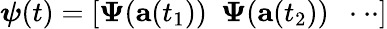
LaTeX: \boldsymbol{\psi}(t)=\left[\boldsymbol{\Psi}(\mathbf{a}(t_{1}))~~\boldsymbol{\Psi}(\mathbf{a}(t_{2}))~~\cdot\cdot\cdot\right]